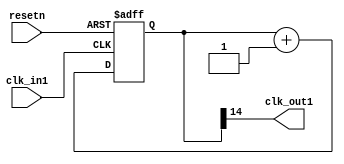
module clock_div (
    input wire clk_in1,
    input wire resetn,

    output wire clk_out1
);
    reg[14:0] cnt;

    always @(posedge clk_in1 or negedge resetn) begin
        if (~resetn) begin
            cnt <= 0;
        end
        else begin
            cnt <= cnt + 1;
        end
    end

    assign clk_out1 = cnt[14];
endmodule